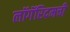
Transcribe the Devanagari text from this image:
लॉगॅरिदमची